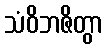
သံဝိဘဇိတွာ